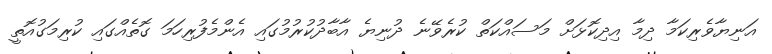
އަނިޔާވެރިކަމާ ދިމާ އިދިކޮޅަށް މަސައްކަތް ކުރެވޭނެ ދުނިޔެ އާބާދުކުރުމުގައި އެންމެފުރިހަމަ ގޮތެއްގައި ކުރިމަގުއޮތީ